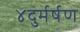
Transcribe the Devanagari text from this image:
४दुर्मर्षण